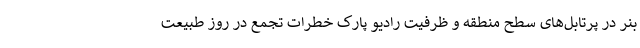
بنر در پرتابل‌های سطح منطقه و ظرفیت رادیو پارک خطرات تجمع در روز طبیعت